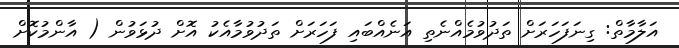
އަލާމާތް: ގިނަފަހަރަށް ތަދުވުމެއްނެތި އަނެއްބައި ފަހަރަށް ތަދުވުމާއެކު އޮށް ދުޅަވުން ( އާންމުކޮށް